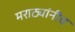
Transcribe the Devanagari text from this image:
मराठ्यांनीच